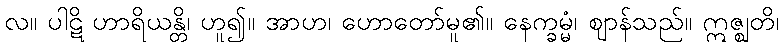
လ။ ပါဋိ ဟာရိယန္တိ၊ ဟူ၍။ အာဟ၊ ဟောတော်မူ၏။ နေက္ခမ္မံ၊ ဈာန်သည်။ ဣဇ္ဈတိ၊